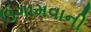
ઉગામવાની